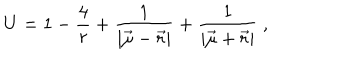
U = 1 - \frac { 4 } { r } + \frac { 1 } { | { \vec { \mu } } - { \vec { r } } | } + \frac { 1 } { | { \vec { \mu } } + { \vec { r } } | } \ ,